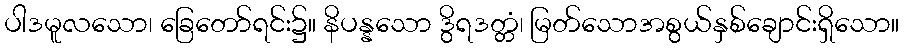
ပါဒမူလသော၊ ခြေတော်ရင်း၌။ နိပန္နသော ဒွိရဒတ္တံ၊ မြတ်သောအစွယ်နှစ်ချောင်းရှိသော။